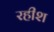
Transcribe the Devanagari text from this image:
रहीश